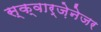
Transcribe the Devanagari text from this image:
स्क्वार्ज़ेनेजर